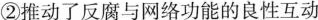
②推动了反腐与网络功能的良性互动